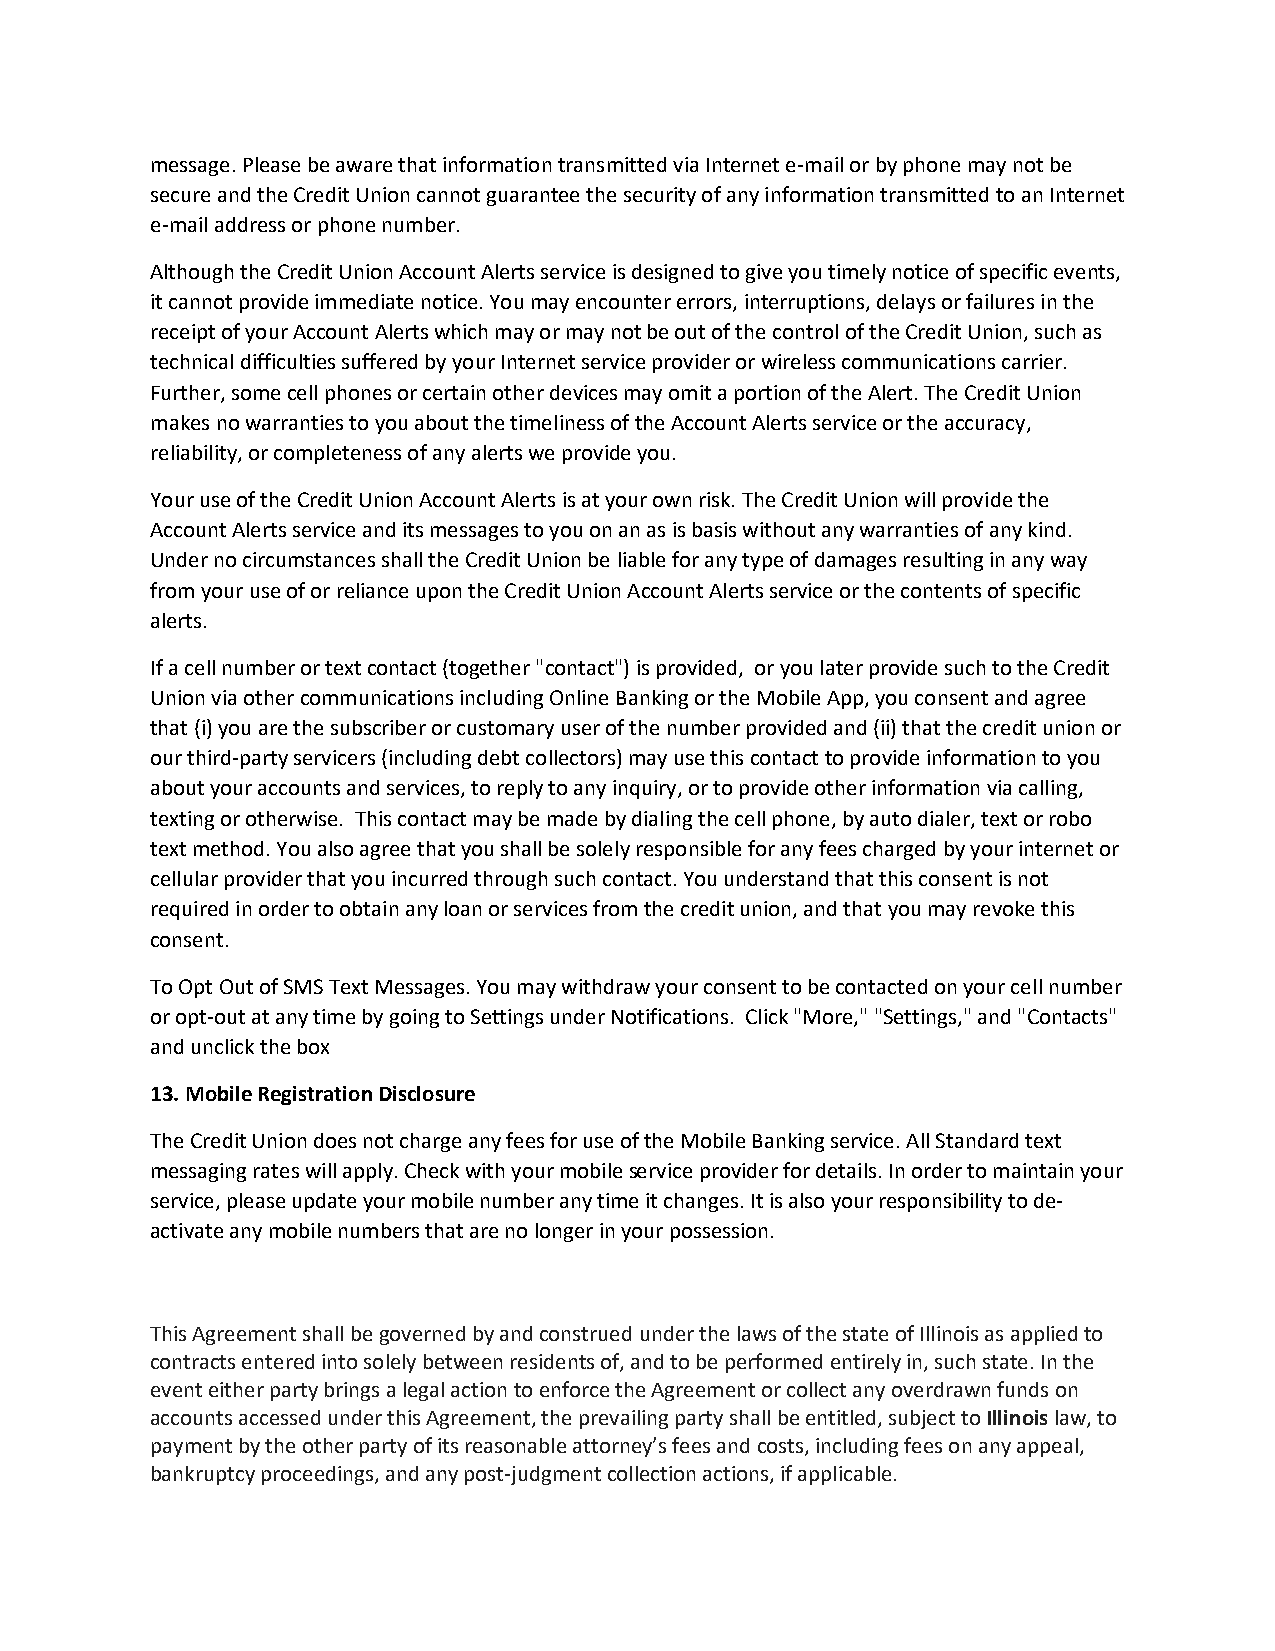
message. Please be aware that information transmitted via Internet e-mail or by phone may not be
 secure and the Credit Union cannot guarantee the security of any information transmitted to an Internet
 e-mail address or phone number.
 Although the Credit Union Account Alerts service is designed to give you timely notice of specific events,
 it cannot provide immediate notice. You may encounter errors, interruptions, delays or failures in the
 receipt of your Account Alerts which may or may not be out of the control of the Credit Union, such as
 technical difficulties suffered by your Internet service provider or wireless communications carrier.
 Further, some cell phones or certain other devices may omit a portion of the Alert. The Credit Union
 makes no warranties to you about the timeliness of the Account Alerts service or the accuracy,
 reliability, or completeness of any alerts we provide you.
 Your use of the Credit Union Account Alerts is at your own risk. The Credit Union will provide the
 Account Alerts service and its messages to you on an as is basis without any warranties of any kind.
 Under no circumstances shall the Credit Union be liable for any type of damages resulting in any way
 from your use of or reliance upon the Credit Union Account Alerts service or the contents of specific
 alerts.
 If a cell number or text contact (together "contact") is provided, or you later provide such to the Credit
 Union via other communications including Online Banking or the Mobile App, you consent and agree
 that (i) you are the subscriber or customary user of the number provided and (ii) that the credit union or
 our third-party servicers (including debt collectors) may use this contact to provide information to you
 about your accounts and services, to reply to any inquiry, or to provide other information via calling,
 texting or otherwise. This contact may be made by dialing the cell phone, by auto dialer, text or robo
 text method. You also agree that you shall be solely responsible for any fees charged by your internet or
 cellular provider that you incurred through such contact. You understand that this consent is not
 required in order to obtain any loan or services from the credit union, and that you may revoke this
 consent.
 To Opt Out of SMS Text Messages. You may withdraw your consent to be contacted on your cell number
 or opt-out at any time by going to Settings under Notifications. Click "More," "Settings," and "Contacts"
 and unclick the box
 13. Mobile Registration Disclosure
 The Credit Union does not charge any fees for use of the Mobile Banking service. All Standard text
 messaging rates will apply. Check with your mobile service provider for details. In order to maintain your
 service, please update your mobile number any time it changes. It is also your responsibility to de-
 activate any mobile numbers that are no longer in your possession.
 This Agreement shall be governed by and construed under the laws of the state of Illinois as applied to
 contracts entered into solely between residents of, and to be performed entirely in, such state. In the
 event either party brings a legal action to enforce the Agreement or collect any overdrawn funds on
 accounts accessed under this Agreement, the prevailing party shall be entitled, subject to Illinois law, to
 payment by the other party of its reasonable attorney’s fees and costs, including fees on any appeal,
 bankruptcy proceedings, and any post-judgment collection actions, if applicable.